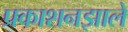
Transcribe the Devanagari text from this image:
प्रकाशनझाले